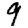
Digit: 9